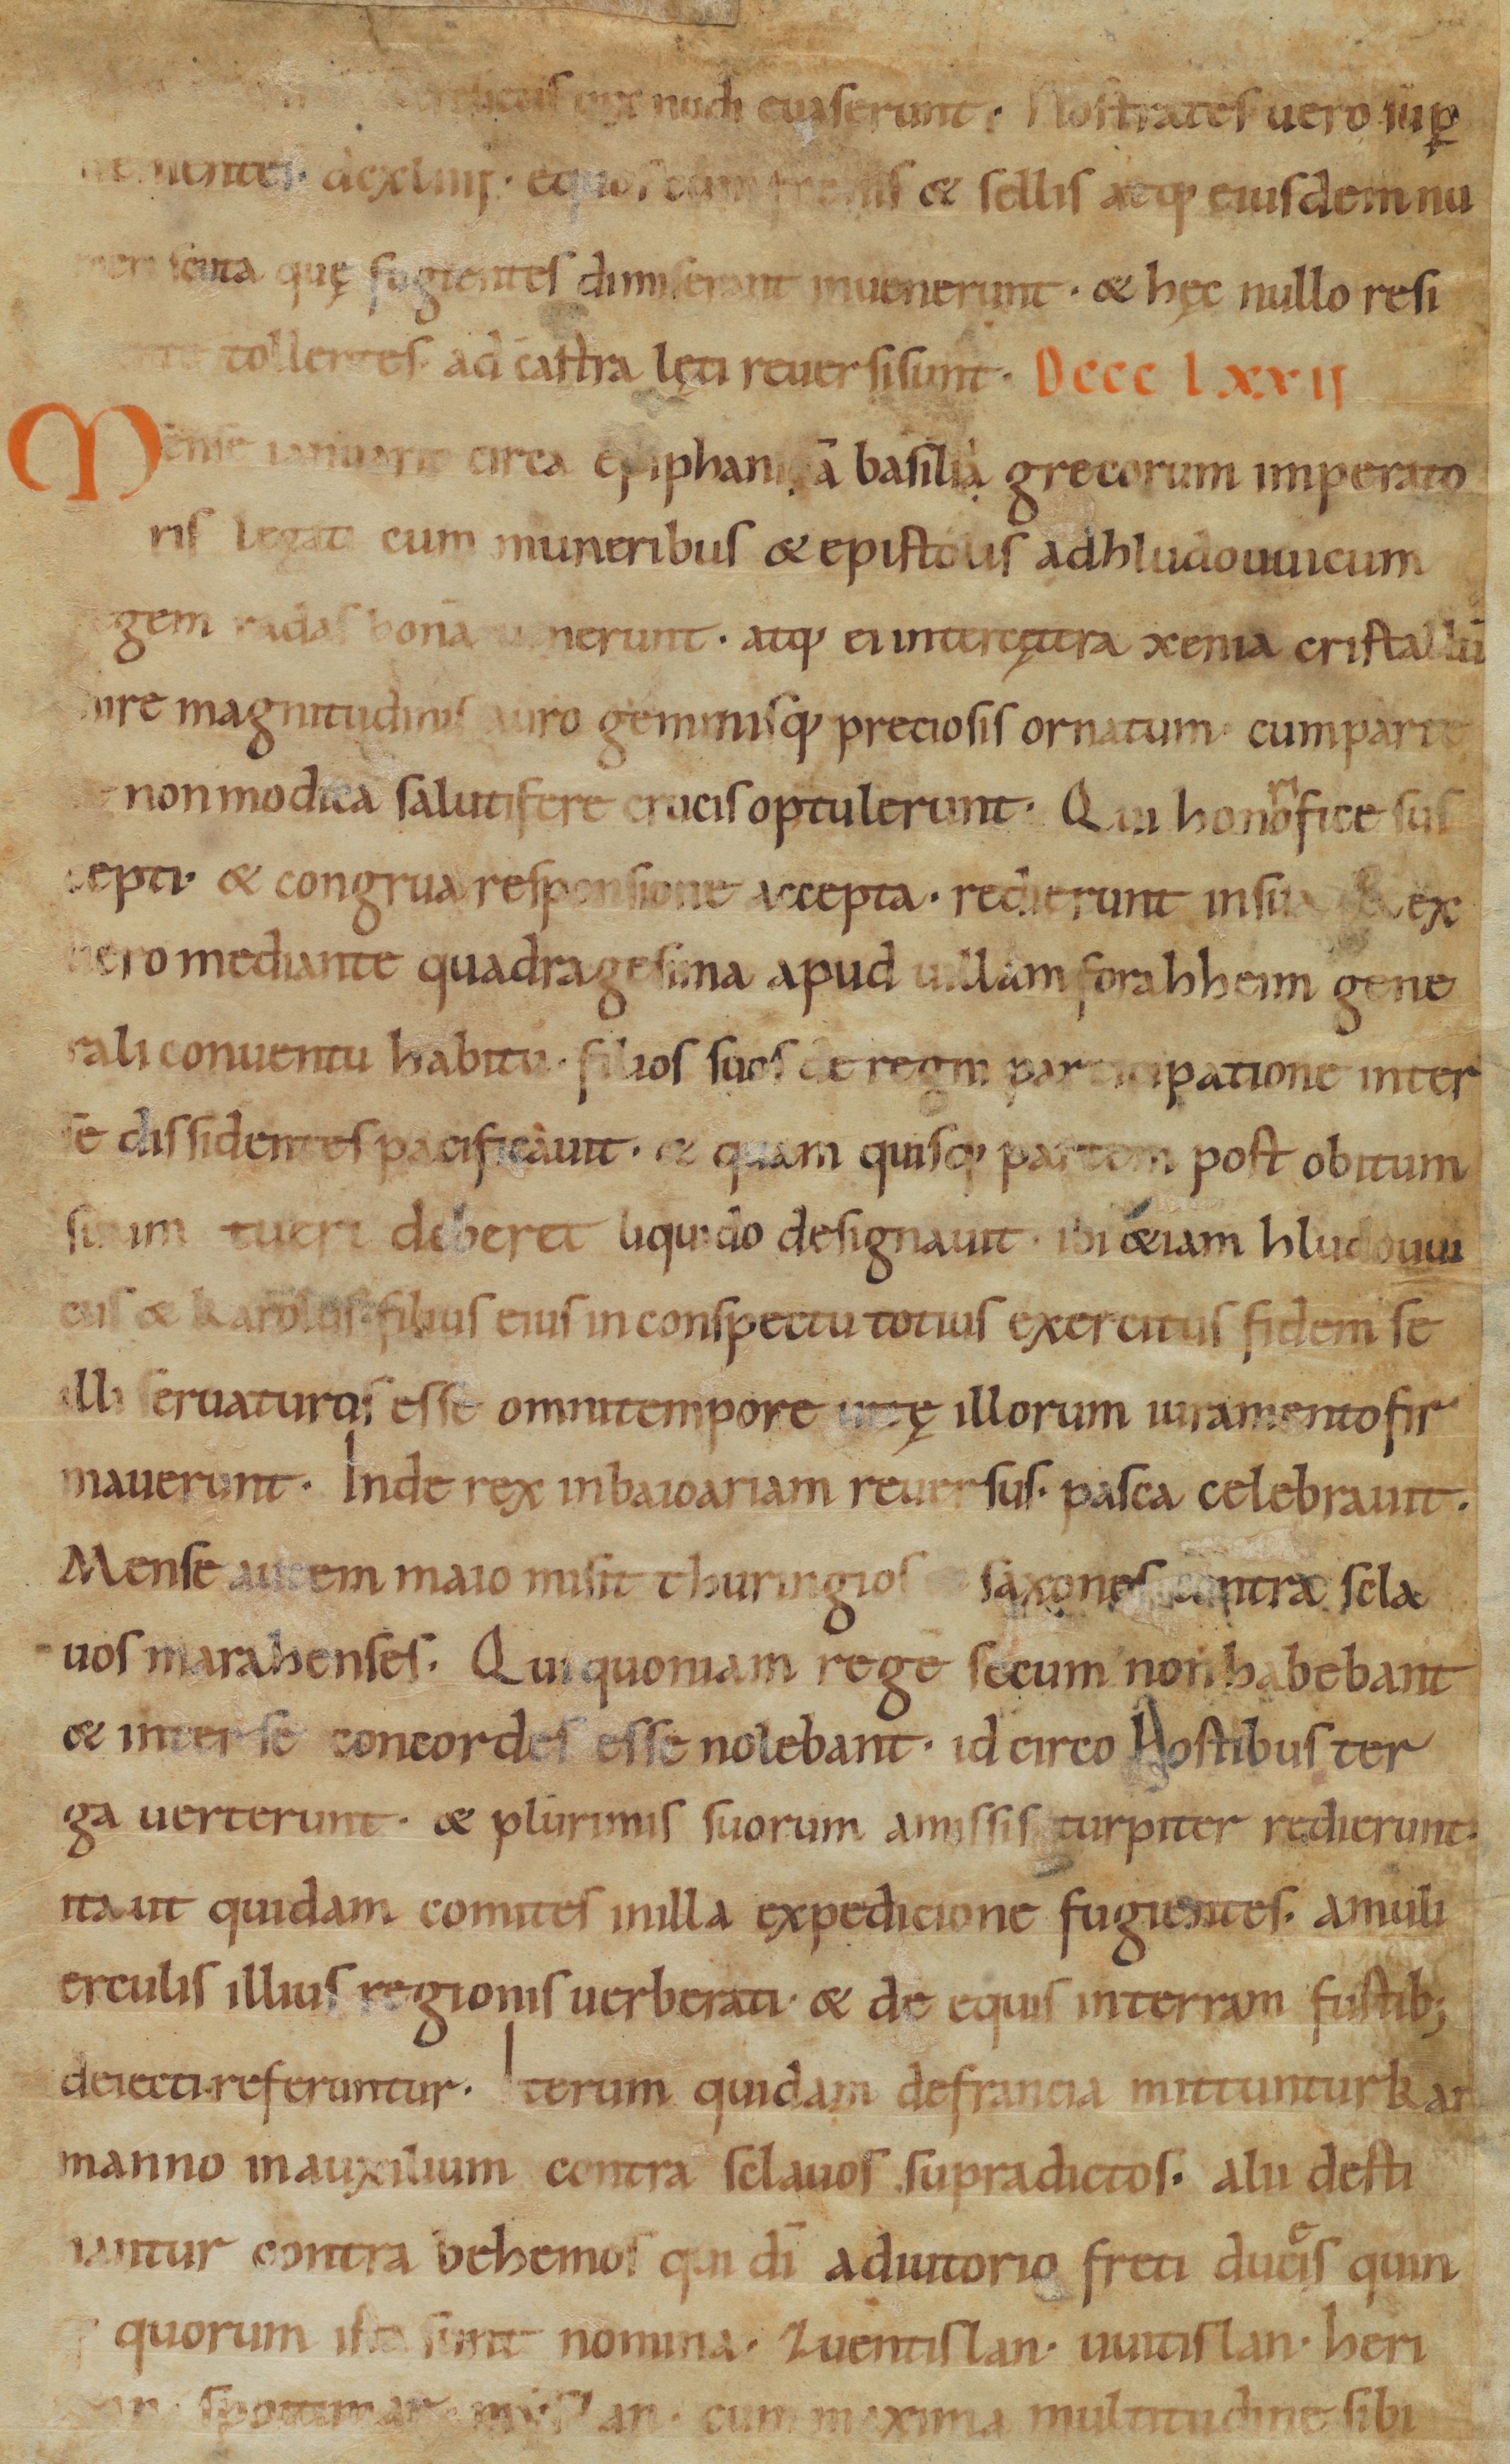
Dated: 900–1099